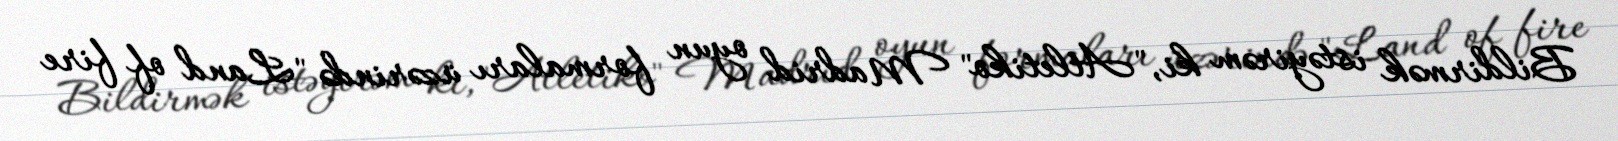
Bildirmək istəyirəm ki, "Atletiko" Madrid oyun formaları üzərində "Land of fire